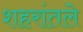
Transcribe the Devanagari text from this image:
शहरांतले